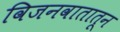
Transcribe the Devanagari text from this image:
विजनवातातून